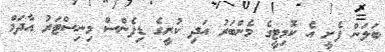
ބަލަން ފެށީ އެ ކޮމިޓީގެ މެންބަރު އަދި ކުރީގެ ޑިފެންސް މިނިސްޓަރު އާދަމް